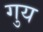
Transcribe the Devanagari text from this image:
गुय